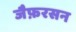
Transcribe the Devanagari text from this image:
जैफ़रसन